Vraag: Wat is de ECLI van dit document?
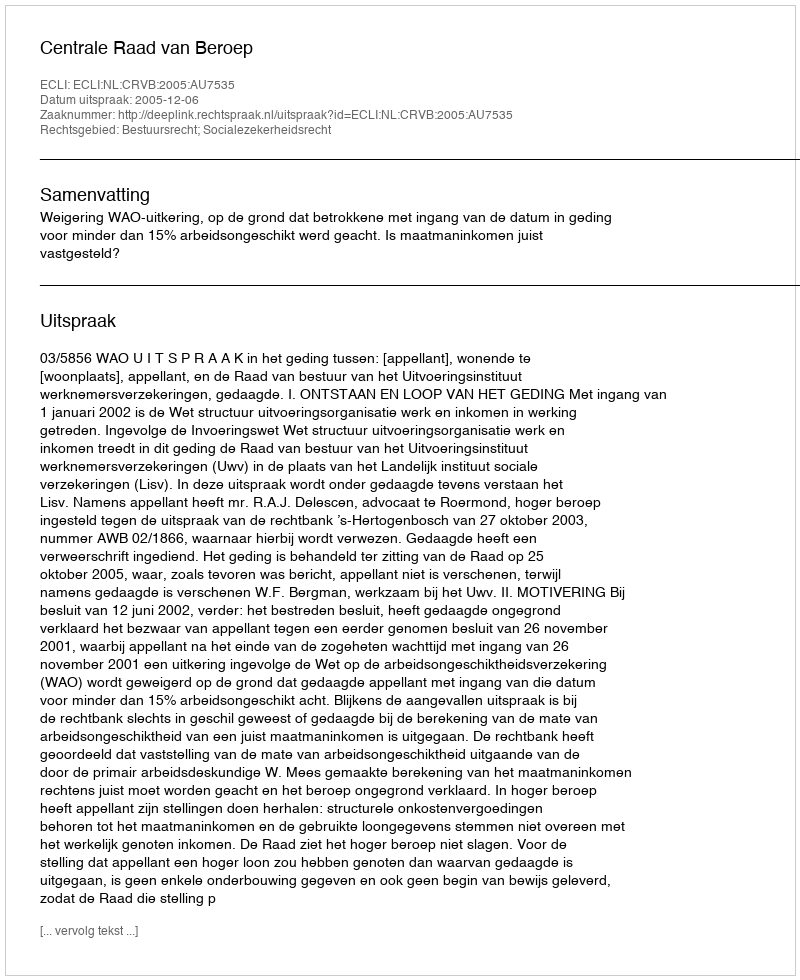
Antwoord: ECLI:NL:CRVB:2005:AU7535